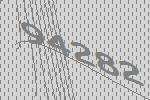
94282